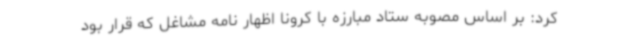
کرد: بر اساس مصوبه ستاد مبارزه با کرونا اظهار نامه مشاغل که قرار بود